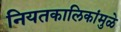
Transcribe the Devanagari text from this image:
नियतकालिकांमुळे